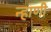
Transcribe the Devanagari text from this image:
न्हाणी